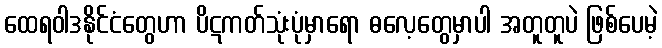
ထေရဝါဒနိုင်ငံတွေဟာ ပိဋကတ်သုံးပုံမှာရော ဓလေ့တွေမှာပါ အတူတူပဲ ဖြစ်ပေမဲ့